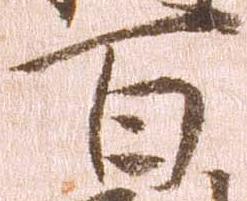
百